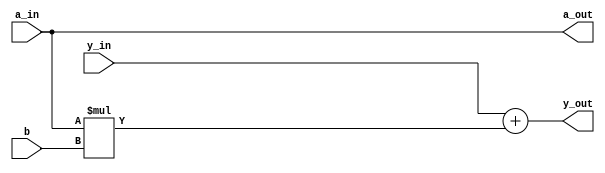
`timescale 1ns / 1ps

module pe
    #( 
        parameter WIDTH = 8,
        parameter FRAC_BIT = 0
    )
    (
        input wire signed [WIDTH-1:0]  a_in,
        input wire signed [WIDTH-1:0]  y_in,
        input wire signed [WIDTH-1:0]  b,
        output wire signed [WIDTH-1:0] a_out,
        output wire signed [WIDTH-1:0] y_out
    );
    
    wire signed [WIDTH*2-1:0] y_out_i;
    
    assign a_out = a_in;
    assign y_out_i = a_in * b;
    assign y_out = y_in + y_out_i[WIDTH+FRAC_BIT-1:FRAC_BIT];

endmodule